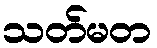
သတ်မတ